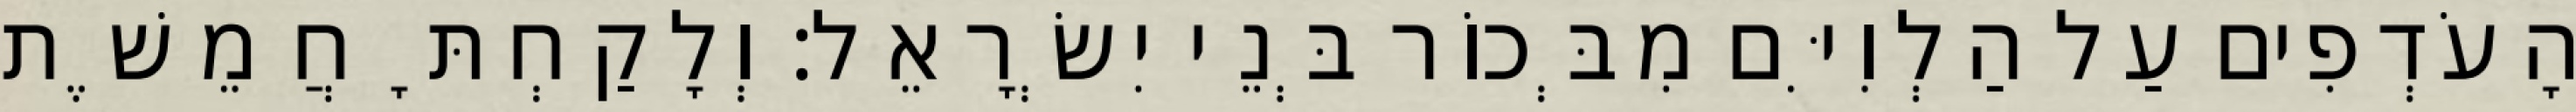
הָעֹדְפִים עַל הַלְוִיִּם מִבְּכוֹר בְּנֵי יִשְׂרָאֵל׃ וְלָקַחְתָּ חֲמֵשֶׁת